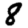
Digit: 8